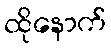
ထိုနောက်